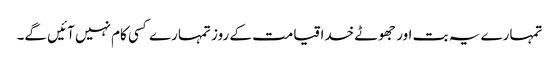
تمہارے یہ بت اور جھوٹے خدا قیامت کے روز تمہارے کسی کام نہیں آئیں گے۔